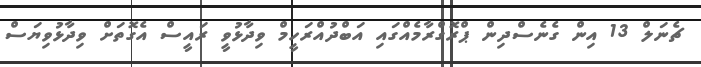
ޗެނަލް 13 އިން ގެނެސްދިން ޕްރޮގްރާމެއްގައި އަބްދުއްރަހީމް ވިދާޅުވީ ރައީސް އެގޮތަށް ވިދާޅުވިޔަސް